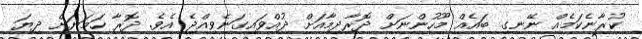
ކުރާނެކަމެއް ނޭނގި ބައެއް މޫހުންނަށް ދޮރާދިމާއަށް ދުއްވައިގަނެވިއްޖެ އެވެ. ދޮރާ ހަމަޔަށް ދިޔަ